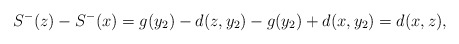
\begin{align*}S^{-}(z)-S^{-}(x)=g(y_{2})-d(z,y_{2})-g(y_{2})+d(x,y_{2})=d(x,z),\end{align*}